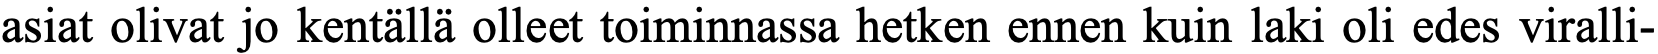
asiat olivat jo kentällä olleet toiminnassa hetken ennen kuin laki oli edes viralli-